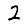
Digit: 2